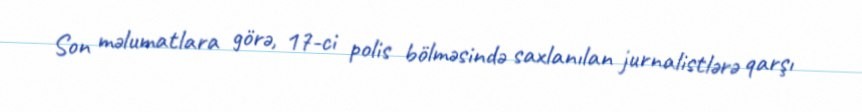
Son məlumatlara görə, 17-ci polis bölməsində saxlanılan jurnalistlərə qarşı